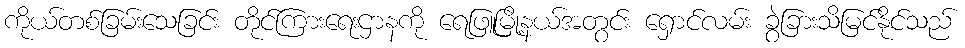
ကိုယ်တစ်ခြမ်းသေခြင်း တိုင်ကြားရေးဌာနကို ရေဖြူမြို့နယ်အတွင်း ရှောင်လမ်း ခွဲခြားသိမြင်နိုင်သည်